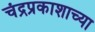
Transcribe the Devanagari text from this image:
चंद्रप्रकाशाच्या